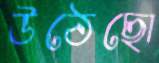
উঠেছো